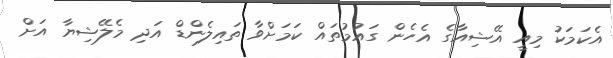
އެކަމަކު މިއީ އޭޝިއާގެ އެހެން ގައުމުތައް ކަމަށްވާ ތައިލެންޑް އަދި މެލޭޝިޔާ އަށް